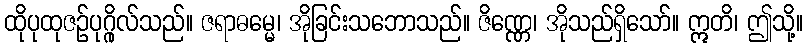
ထိုပုထုဇဉ်ပုဂ္ဂိုလ်သည်။ ဇရာဓမ္မေ၊ အိုခြင်းသဘောသည်။ ဇိဏ္ဏေ၊ အိုသည်ရှိသော်။ ဣတိ၊ ဤသို့။